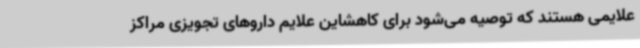
علایمی هستند که توصیه می‌شود برای کاهشاین علایم داروهای تجویزی مراکز